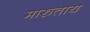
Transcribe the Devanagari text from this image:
मारुताय